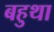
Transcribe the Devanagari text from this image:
बहुथा